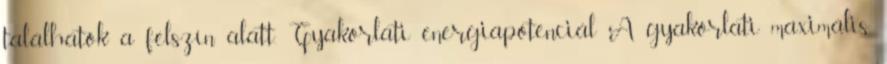
találhatók a felszín alatt. Gyakorlati energiapotenciál A gyakorlati maximális